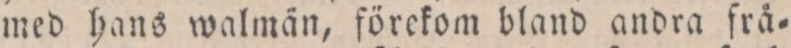
med hans walmän, förekom bland andra frå=